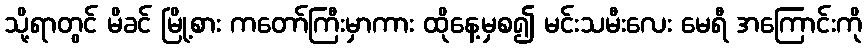
သို့ရာတွင် မိခင် မြို့စား ကတော်ကြီးမှာကား ထိုနေ့မှစ၍ မင်းသမီးလေး မေရီ အကြောင်းကို